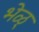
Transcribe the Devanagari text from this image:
भेळ्